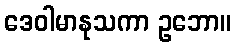
ဒေဝါမာနုသကာ ဥဘော။